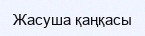
Жасуша қаңқасы